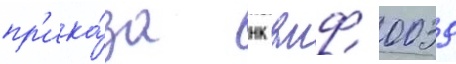
пр'ика́за нк вмф 0039